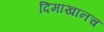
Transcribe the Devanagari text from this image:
दिमाखानच